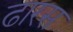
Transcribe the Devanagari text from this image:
ढारस